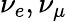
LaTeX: \nu_{e},\nu_{\mu}